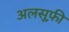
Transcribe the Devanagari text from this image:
अलसूफ़ी